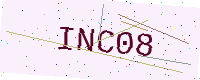
Text: INC08